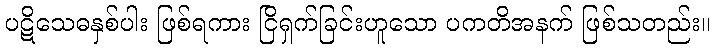
ပဋိသေဓနှစ်ပါး ဖြစ်ရကား ငြိရှက်ခြင်းဟူသော ပကတိအနက် ဖြစ်သတည်း။